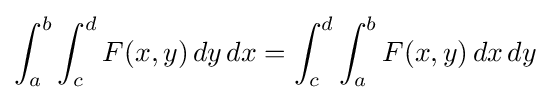
\int _{a}^{b}\int _{c}^{d}F(x,y)\,dy\,dx=\int _{c}^{d}\int _{a}^{b}F(x,y)\,dx\,dy